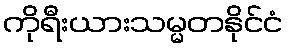
ကိုရီးယားသမ္မတနိုင်ငံ